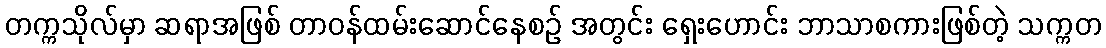
တက္ကသိုလ်မှာ ဆရာအဖြစ် တာဝန်ထမ်းဆောင်နေစဉ် အတွင်း ရှေးဟောင်း ဘာသာစကားဖြစ်တဲ့ သက္ကတ